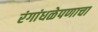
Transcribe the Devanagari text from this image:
रंगांधळेपणाचा